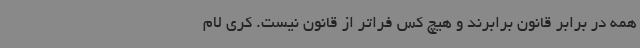
همه در برابر قانون برابرند و هیچ کس فراتر از قانون نیست. کری لام